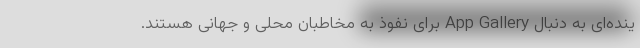
ینده‌ای به دنبال App Gallery برای نفوذ به مخاطبان محلی و جهانی هستند.